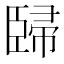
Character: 𰯳